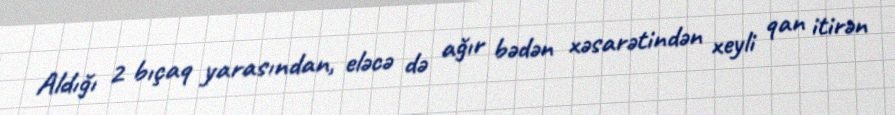
Aldığı 2 bıçaq yarasından, eləcə də ağır bədən xəsarətindən xeyli qan itirən